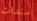
سندات